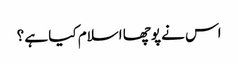
اس نے پوچھا اسلام کیا ہے ؟